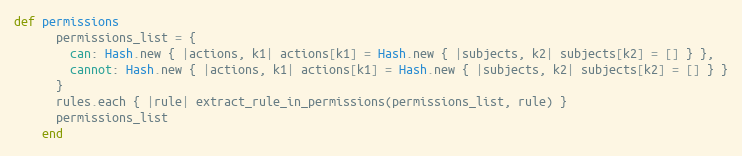
Language: Ruby
def permissions
      permissions_list = {
        can: Hash.new { |actions, k1| actions[k1] = Hash.new { |subjects, k2| subjects[k2] = [] } },
        cannot: Hash.new { |actions, k1| actions[k1] = Hash.new { |subjects, k2| subjects[k2] = [] } }
      }
      rules.each { |rule| extract_rule_in_permissions(permissions_list, rule) }
      permissions_list
    end